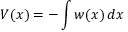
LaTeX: V ( x ) = - \int w ( x ) \, d x